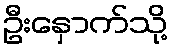
ဦးနှောက်သို့